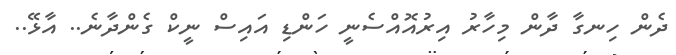
ދެން ހިނގާ ދާން މިހާރު އިރުއޮއްސެނީ ހަންޑި އައިސް ނީކް ގެންދާނެ.. އާޅޭ..